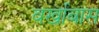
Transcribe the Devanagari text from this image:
वर्खाबास